Medical and sanitary report of the native army of Bengal for the year
Year: 1877
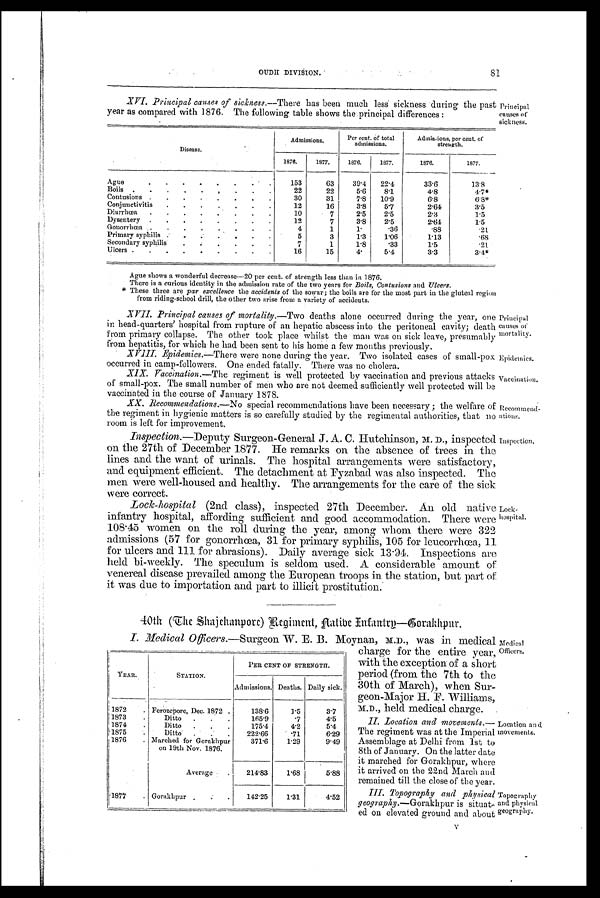
Principal
causes of
mortality.
Epidemics.
Vaccination.
Recommend -
ation.
Inspection.
Medical
Officers.
Topography
and
geography.
Location and
movements.
OUDH DIVISION.
81
XVI. Principal causes of sickness.— There has been much less sickness during the past
year as compared with 1876. The following table shows the principal differences :
Disease.
Admissions.
Per cent. of total
admissions.
Admissions, per cent. of
strength.
1876.
1877.
1876.
1877.
1876.
1877.
Ague
.
.
.
.
.
.
.
153
63
39.4
22.4
33.6
13.8
Boils
.
.
.
.
.
,
.
.
.
22
22
5.6
8.1
4.8
4.7*
Contusions
.
.
.
.
.
.
.
.
30
31
7.8
10.9
6.8
6.8*
Conjunctivitis
12
16
3.8
5.7
2.64
3.5
Diarrhœa
.
.
.
. .
.
.
.
10
7
2.5
2.5
2.3
1.5
Dysentery
.
.
.
.
.
.
.
.
12
7
3.8
2.5
2.64
1.5
Gouorrhœa
.
.
.
.
.
.
.
.
4
1
1.
. 3 6
.88
.21
Primary syphilis
.
.
.
.
.
.
.
5
3
1.3
1.06
1.13
.68
Secondary syphilis
.
7
1
1.8
. 3 3
1.5
.21
Ulcers .
.
.
.
.
.
.
.
.
16
15
4.
5.4
3.3
3.4*
Principal
causes of
sickness.
Ague shows a wonderful decrease-20 per cent. of strength less than in 1876.
There is a curious identity in the admission rate of the two years for Boils, Contusions and Ulcers.
* These three are par excellence the accidents of the sowar; the boils are for the most part in the gluteal region
from riding-scbool drill, the other two arise from a variety of accidents.
XVII. Principal causes of mortality.— Two deaths alone occurred during the year, one
in head-quarters' hospital from rupture of an hepatic abscess into the peritoneal cavity; death
from primary collapse. The other took place whilst the man was on sick leave, presumably
from hepatitis, for which be had been sent to his home a few months previously.
XVIII. Epidemics.— There were none during the year. Two isolated cases of small-pox
occurred in camp-followers. One, ended fatally. There was no cholera.
XIX.
Vaccination.— The regiment is well protected by vaccination and previous attacks
of small-pox. The small number of men who are not deemed sufficiently well protected will be
vaccinated in the course of January 1878.
XX.
Recommendations.— No special recommendations have been necessary ; the welfare of
the regiment in hygienic matters is so carefully studied by the regimental authorities, that no
room is left for improvement.
Inspection.—
Deputy Surgeon-General J. A. C. Hutchinson, M. D., inspected
on the 27th of December 1877. He remarks on the absence of trees in the
lines and the want of urinals. The hospital arrangements were satisfactory,
and equipment efficient. The detachment at Fyzabad was also inspected. The
men were well-housed and healthy. The arrangements for the care of the sick
were correct.
Lock-hospital (2nd class); inspected 27th December. An old native
infantry hospital, affording sufficient and good accommodation. There were
108.45 women on the roll during the year, among whom there were 322
admissions (57 for gonorrhœa, 31 for primary syphilis, 105 for leucorrhœa, 11
for ulcers and 111 for abrasions). Daily average sick 13.94. Inspections are
held bi-weekly. The speculum is seldom used. A considerable amount of
venereal disease prevailed among the European troops in the station, but part of
it was due to importation and part to illicit prostitution.
Lock-
hospital.
40th (The Shajchanpore) Regiment, Flatibe Infantry—Corakhput.
I. Medical Officers.—Surgeon W. E. B. Moynan, M.D., was in medical
charge for the entire year,
with the exception of a short
period (from the 7th. to the
30th of March), when Sur-
geon-Major H. F. Williams,
M.D., held medical charge.
II. Location and movements.—
The regiment was at the Imperial
Assemblage at Delhi from 1st to
8th of January. On the latter date
it marched for Gorakhpur, where
it arrived on the 22nd March and
remained till the close of the year.
III. Topography and physical
geography.—Gorakhpur is situat-
ed on elevated ground and about
YEAR.
STATION.
PER CENT OF STRENGTH.
Admissions. Deaths. Daily sick.
1872
. Ferozepore, Dec. 1872 .
138.6
1.5
3.7
1873
Ditto
.
.
.
165.9
.7
4.5
1874
.
Ditto
.
.
.
175.4
4.2
5.4
1875
.
Ditto
.
.
.
222.66
.71
6.29
1876
. Marched for Gorakhpur
371.6
1.29
9.49
on 19th Nov. 1876.
Average .
.
214.83
1.68
5.88
1877
.
Gorakhpur
.
.
.
142.25
1.31
4.52
V